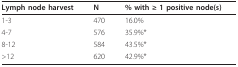
<table><thead><tr><td><b>Lymph node harvest</b></td><td><b>N</b></td><td><b>% with ≥ 1 positive node(s)</b></td></tr></thead><tbody><tr><td>1-3</td><td>470</td><td>16.0%</td></tr><tr><td>4-7</td><td>576</td><td>35.9%*</td></tr><tr><td>8-12</td><td>584</td><td>43.5%*</td></tr><tr><td>&gt;12</td><td>620</td><td>42.9%*</td></tr></tbody></table>